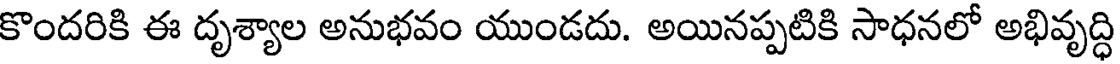
కొందరికి ఈ దృశ్యాల అనుభవం యుండదు. అయినప్పటికి సాధనలో అభివృద్ధి